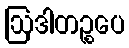
ဩဒါတဉ္စပေ